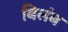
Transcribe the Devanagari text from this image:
बिलंब